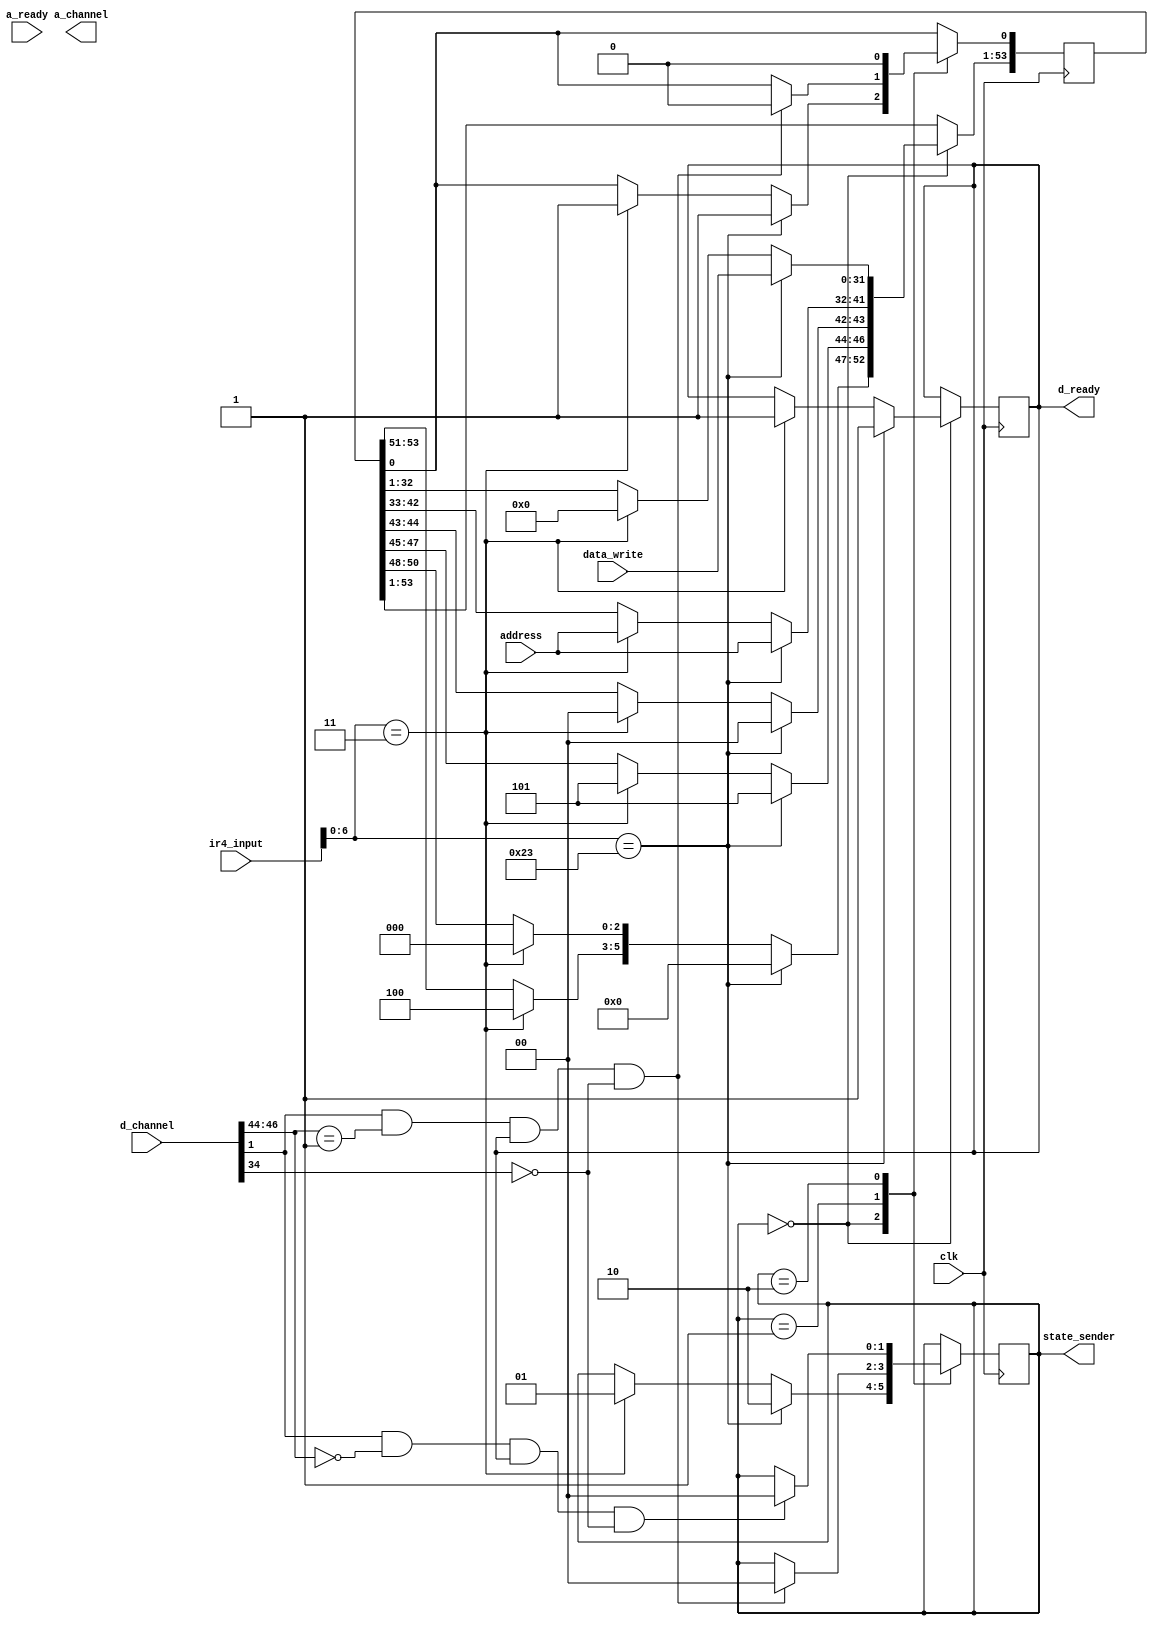
//ir4_input and state of sender can be used as a control so if ir4_input==1 but fsm is not in state=1 then pipeline needs to be stalled
//you cannot initite the sending from the 2nd stage as address is calculated in the 3rd stage for LW and SW
//therefore we can only initiate the sending process at the start of 4th stage
//for two load or two store simultaneously buuble has to be put in the 4th stage until 1st one gets to 5th stage then only we can put another load
//that is until state is zero pipeline cannot move forward therefore state will be used as the controlling input

module sender(clk,ir4_input,state_sender,a_channel,d_channel,address,data_write,d_ready,a_ready); //ir4_input input to memory_stage //ir4_input[6:0] 0000011 - LW 
	
	input[31:0] data_write;
	input[9:0] address;  //address for memory access (write or read)
	input clk;									//ir4_input[6:0] 0100011 - SW
	input[31:0] ir4_input;
	output[1:0] state_sender;
	output[54:0] a_channel;
	input[46:0] d_channel;
	reg[1:0] state_sender;
	reg[54:0] a_channel;
	output d_ready;
	input a_ready;
	reg d_ready;
//[54:52] a_opcode   //[51:49] a_param   //[48:46] a_size //[45:44] a_source //[43:34] a_address //[33:2] a_data //[1] a_valid  //[0] a_ready
//[46:44] d_opcode //[43:42] d_param  //[41:37] d_size //[36:35] d_source   //[34] d_error  //[33:2] d_data //[1] d_valid //[0] d_ready

always@(posedge clk)
		begin
			case(state_sender)
				0:begin
					if(ir4_input[6:0]==7'b0000011)     //LW
						begin
							state_sender = 1;
							a_channel[54:52] = 3'b100;  //a_opcode
							a_channel[51:49] = 3'b000;  //a_param
							a_channel[48:46] = 3'b101;  //a_size
							a_channel[45:44] = 2'b0;  //a_source
							a_channel[43:34] = address; //a_address
							a_channel[33:2] = 32'b0;   //a_data
							a_channel[1] = 	1'b1;   	//a_valid
							d_ready =  1'b1;  	//d_ready //when you are sending you should be ready for receiving ack req for link
						end
					
					if(ir4_input[6:0]==7'b0100011)     //SW
						begin
							state_sender = 2;
							a_channel[54:52] = 3'b000;	     //a_opcode
							a_channel[54:49] =	3'b000;     //a_param
							a_channel[48:46] =	3'b101;     //a_size
							a_channel[45:44] =	2'b0;        //a_source
							a_channel[43:34] = 	address;    //a_address
							a_channel[33:2]  =	data_write; //a_data
							a_channel[1] =		1'b1;       //a_valid
							d_ready =      1'b1;        //d_ready  //when you are sending you should be ready for receiving ack req for link
						end
				  end	
				1: begin     						//wait for ack of LW
						if(d_channel[1]==1'b1&&d_channel[46:44]==3'b001&&d_ready==1&&d_channel[34]!=1)  // correct ack and ready to accept ack
						begin 																			//error should not be 1 on d_channel
							state_sender = 0;
							a_channel[1] = 1'b0;        //a_valid        //valid has to be brought to 0;
						end

				   end
				2:   begin
						if(d_channel[1]==1'b1&&d_channel[46:44]==3'b000&&d_ready==1&&d_channel[34]!=1)
							state_sender = 0;
				     		a_channel[1] = 1'b0;
					 end//wait for ack of SW
			endcase
		end
endmodule